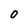
Character: 0